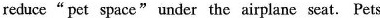
reduce“pet space" under the airplane seat. Pets